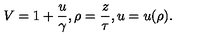
V = 1 + { \frac { u } { \gamma } } , \rho = { \frac { z } { \tau } } , u = u ( \rho ) .